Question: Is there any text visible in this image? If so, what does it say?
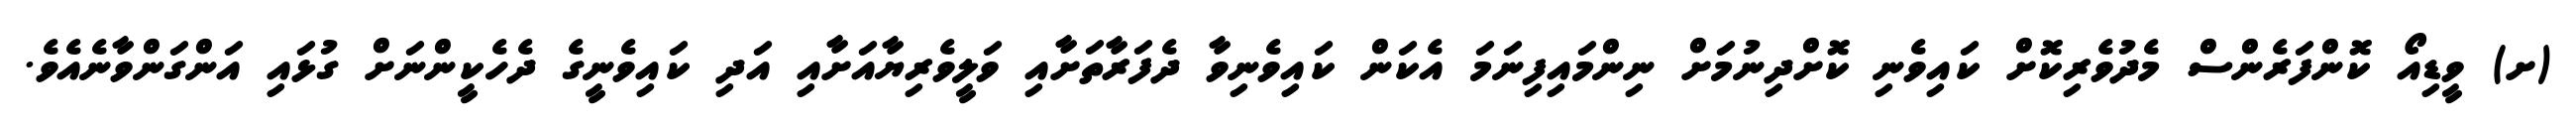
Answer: (ށ) ވީޑިއޯ ކޮންފަރެންސް މެދުވެރިކޮށް ކައިވެނި ކޮށްދިނުމަށް ނިންމައިފިނަމަ އެކަން ކައިވެނިވާ ދެފަރާތަށާއި ވަލީވެރިޔާއަށާއި އަދި ކައިވެނީގެ ދެހެކީންނަށް ގުޅައި އަންގަންވާނެއެވެ.